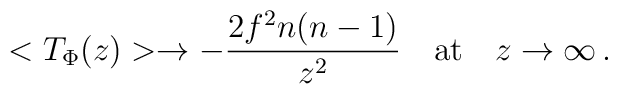
<T_\Phi(z)>\rightarrow-\frac{2f^2n(n-1)}{z^2}\quad {\rm at}\quad z\rightarrow\infty\,.